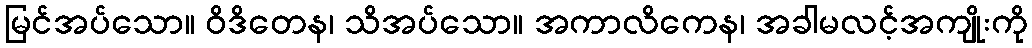
မြင်အပ်သော။ ဝိဒိတေန၊ သိအပ်သော။ အကာလိကေန၊ အခါမလင့်အကျိုးကို